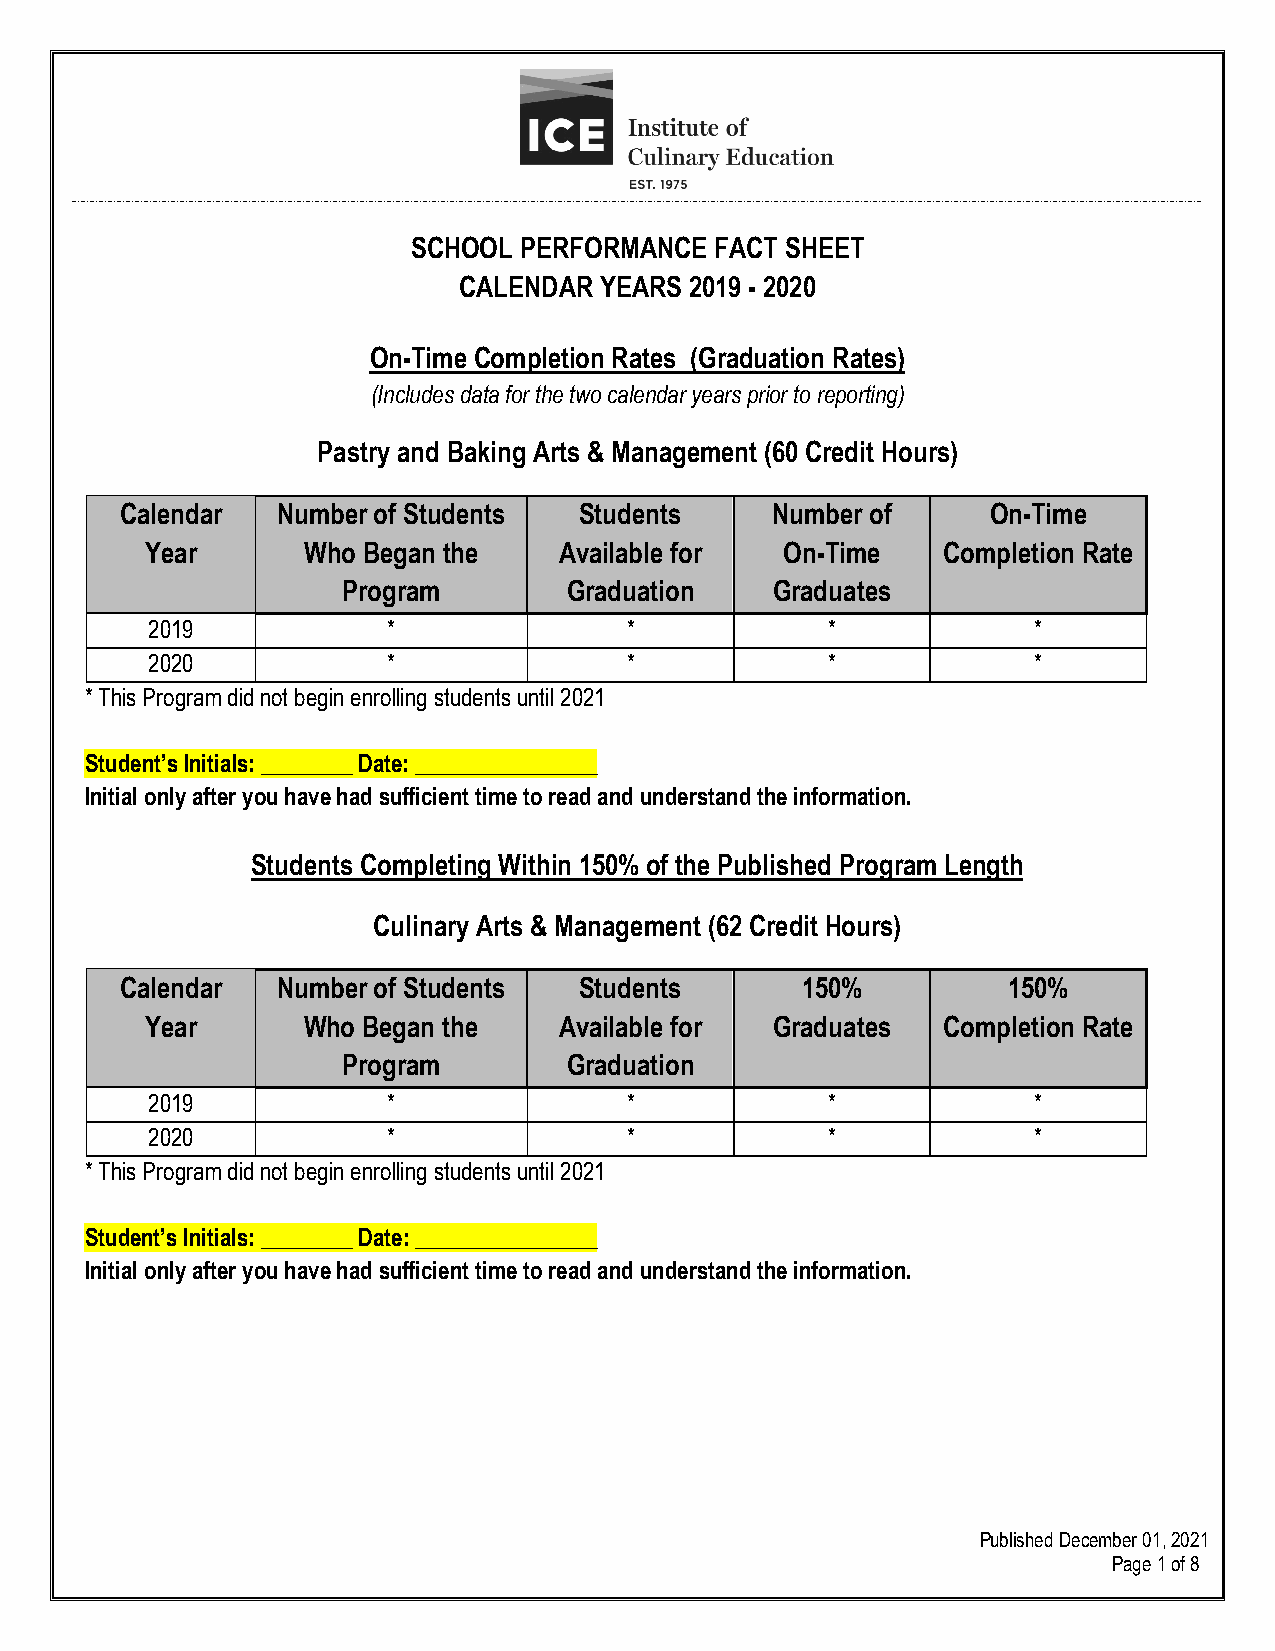
SCHOOL PERFORMANCE  FACT SHEET
 CALENDAR  YEARS 2019 - 2020
 On-Time Completion Rates (Graduation Rates)
 (Includes data for the two calendar years prior to reporting)
 Pastry and Baking Arts & Management (60 Credit Hours)
 Calendar  Number of Students  Students     Number of      On-Time
 Year      Who Began the    Available for  On-Time   Completion Rate
 Program        Graduation   Graduates
 2019            *              *             *            *
 2020            *              *             *            *
 * This Program did not begin enrolling students until 2021
 Student’s Initials: ________ Date: ________________
 Initial only after you have had sufficient time to read and understand the information.
 Students Completing Within 150% of the Published Program Length
 Culinary Arts & Management (62 Credit Hours)
 Calendar  Number of Students  Students       150%          150%
 Year      Who Began the    Available for Graduates  Completion Rate
 Program        Graduation
 2019            *              *             *            *
 2020            *              *             *            *
 * This Program did not begin enrolling students until 2021
 Student’s Initials: ________ Date: ________________
 Initial only after you have had sufficient time to read and understand the information.
 Published December 01, 2021
 Page 1 of 8